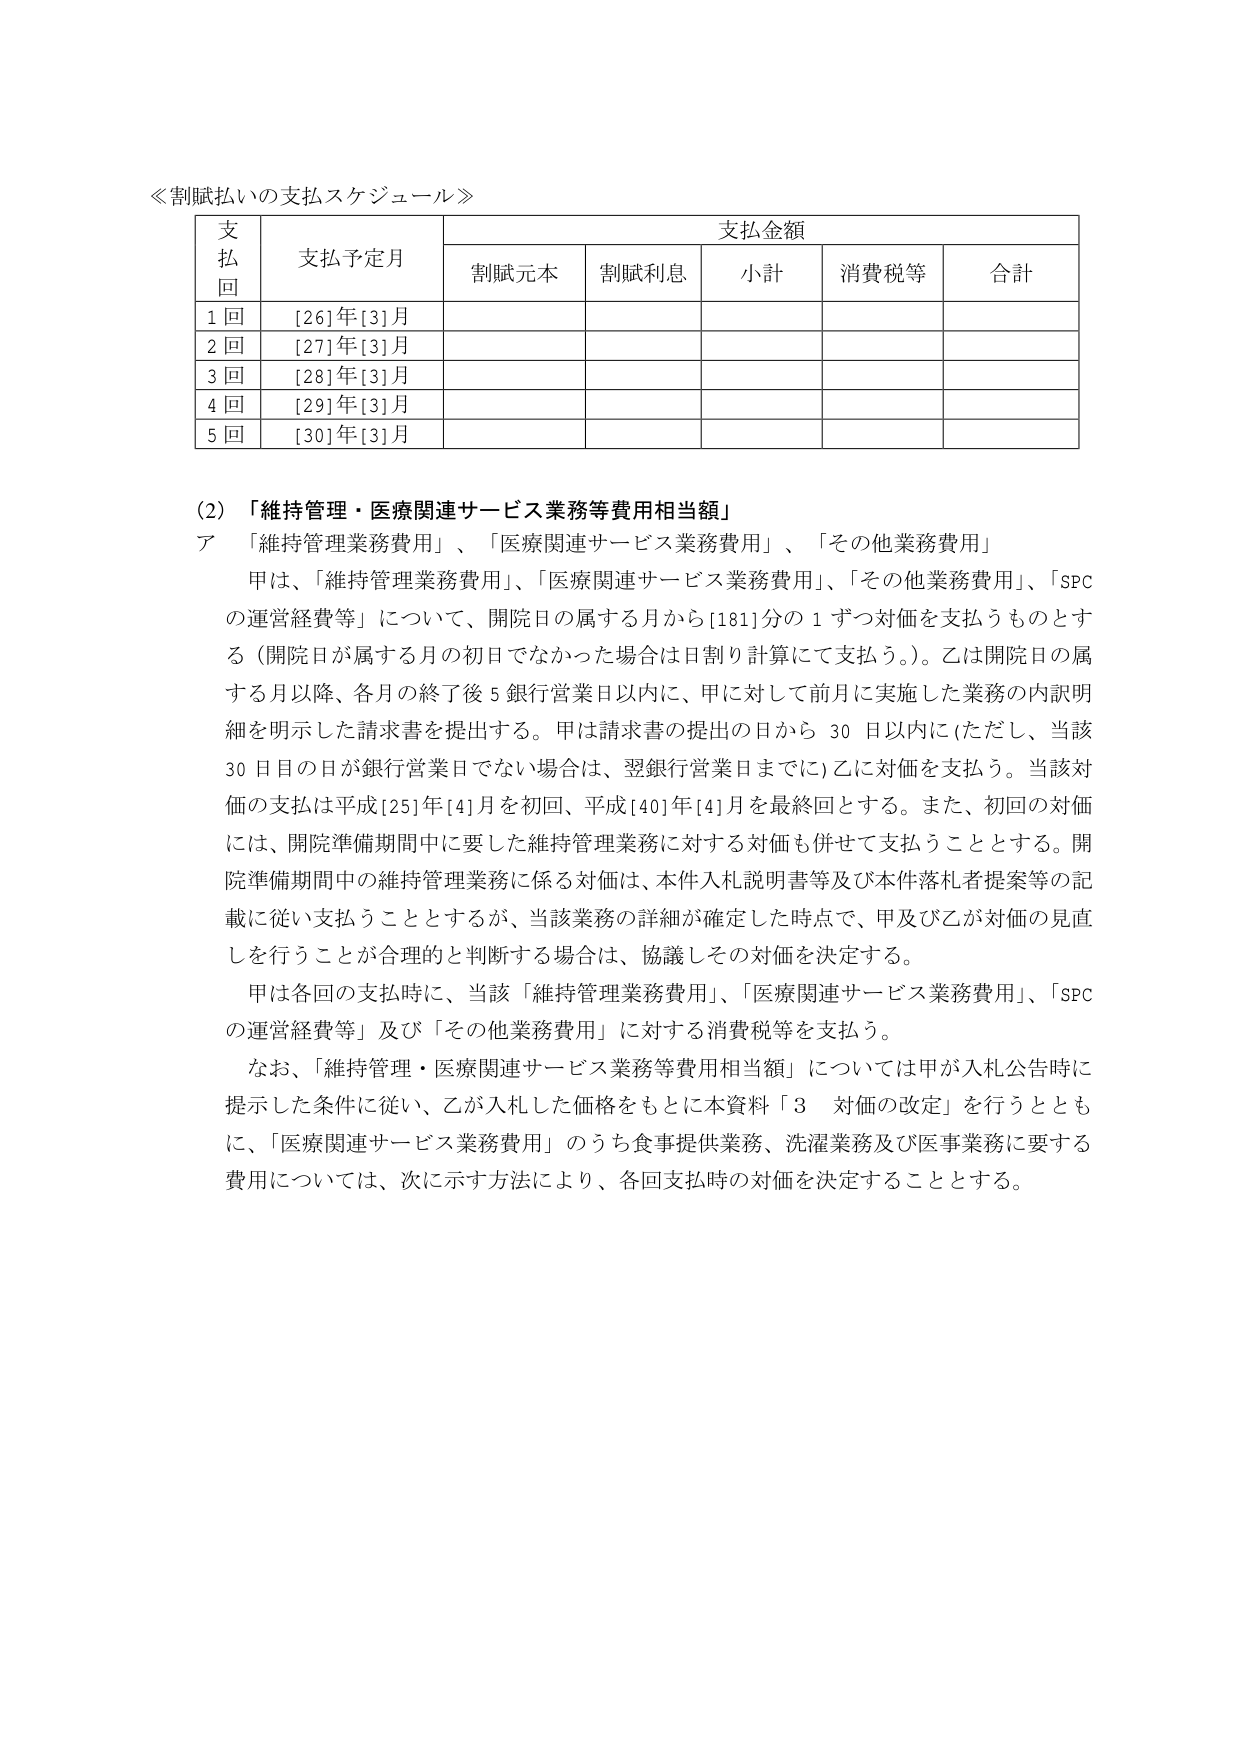
≪割賦払いの支払スケジュール≫

支払回	支払予定月	支払金額
		割賦元本	割賦利息	小計	消費税等	合計
1 回	[26]年[3]月
2 回	[27]年[3]月
3 回	[28]年[3]月
4 回	[29]年[3]月
5 回	[30]年[3]月

(2) 「維持管理・医療関連サービス業務等費用相当額」
ア 「維持管理業務費用」、「医療関連サービス業務費用」、「その他業務費用」
　　甲は、「維持管理業務費用」、「医療関連サービス業務費用」、「その他業務費用」、「SPCの運営経費等」について、開院日の属する月から[181]分の1ずつ対価を支払うものとする（開院日が属する月の初日でなかった場合は日割り計算にて支払う。）。乙は開院日の属する月以降、各月の終了後5銀行営業日以内に、甲に対して前月に実施した業務の内訳明細を明示した請求書を提出する。甲は請求書の提出の日から30日以内に（ただし、当該30日目の日が銀行営業日でない場合は、翌銀行営業日までに）乙に対価を支払う。当該対価の支払は平成[25]年[4]月を初回、平成[40]年[4]月を最終回とする。また、初回の対価には、開院準備期間中に要した維持管理業務に対する対価も併せて支払うこととする。開院準備期間中の維持管理業務に係る対価は、本件入札説明書等及び本件落札者提案等の記載に従い支払うこととするが、当該業務の詳細が確定した時点で、甲及び乙が対価の見直しを行うことが合理的と判断する場合は、協議しその対価を決定する。
　　甲は各回の支払時に、当該「維持管理業務費用」、「医療関連サービス業務費用」、「SPCの運営経費等」及び「その他業務費用」に対する消費税等を支払う。
　　なお、「維持管理・医療関連サービス業務等費用相当額」については甲が入札公告時に提示した条件に従い、乙が入札した価格をもとに本資料「3 対価の改定」を行うとともに、「医療関連サービス業務費用」のうち食事提供業務、洗濯業務及び医事業務に要する費用については、次に示す方法により、各回支払時の対価を決定することとする。